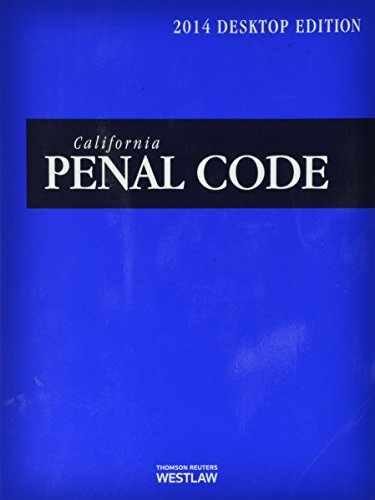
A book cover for California Penal Code 2014: With Selected Provisions from Other Codes and Rules of Court: Desktop Edition; Law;